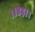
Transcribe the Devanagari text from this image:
।।४६।।